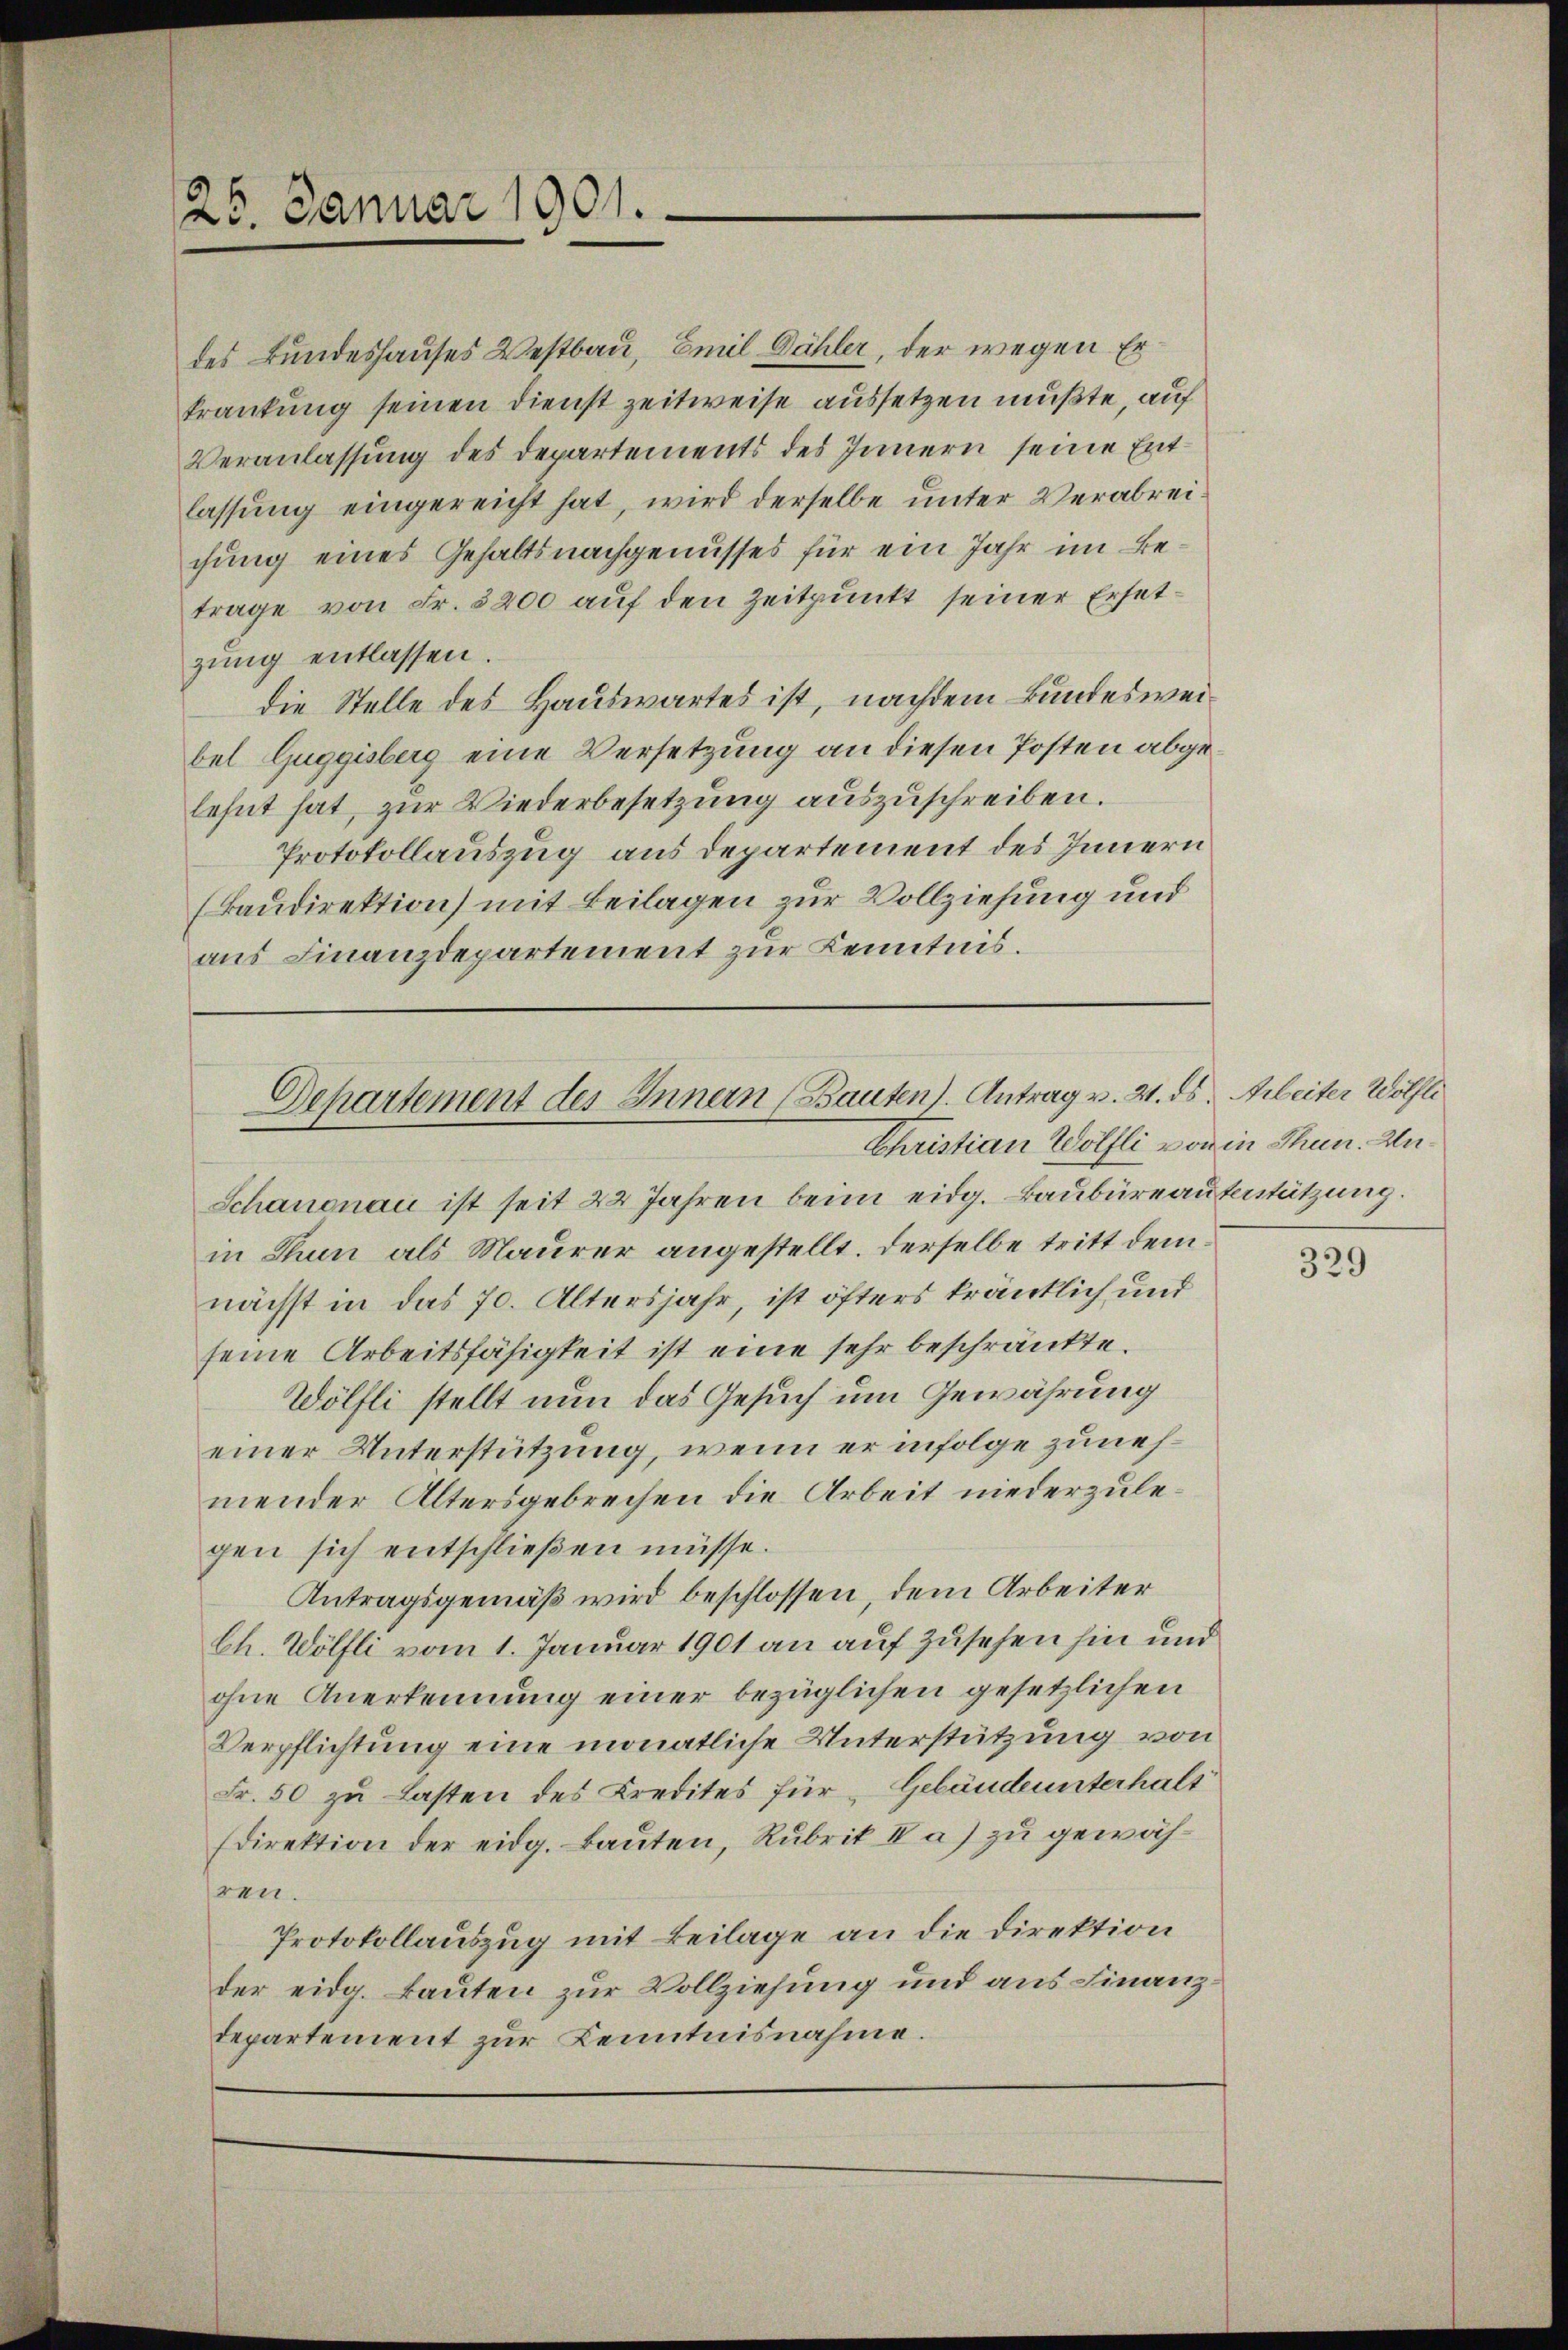
26. Januar 1901.

des Bundeshauses Westbau, Emil Dähler, der wegen Er
krankung seinen Dienst zeitweise aussetzen mußte, auf
Veranlassung des Departements des Innern seine Entlassung eingereicht hat, wird derselbe unter Verabreichung eines Gehaltsnachgenusses für ein Jahr im Betrage von Fr. 3200 auf den Zeitpunkt seiner Ersetzung entlassen.
die Stelle des Hauswartes ist, nachdem Bundesweibel Guggisberg eine Versetzung an diesen Posten abgelehnt hat, zur Wiederbesetzung auszuschreiben.
Protokollauszug aus Departement des Innern
(kaudirektion) mit Beilagen zur Vollziehung und
aus Finanzdepartement zur Kenntnis.

Departement des Innern (Bauten). Antrag v. 21. ds. Arbeiter Wölfli
Christian Wölfli von in Thun. Au¬

Schanonau ist seit 22 Jahren beim eidg. Baubureaufstützung.
in Thun als Maurer angestellt. Derselbe tritt demnächst in das 70. Altersjahr, ist öfters kränklich und
seine Arbeitsfähigkeit ist eine sehr beschränkte.
Wölfli stellt nun das Gesuch um Gewährung
einer Unterstützung, wenn er infolge zunehmender Altersgebrechen die Arbeit niederzulegen sich entschließen müsse.
Antragsgemäß wird beschlossen, dem Arbeiter
Ch. Wölfli vom 1. Januar 1901 an auf zusehen hin und
ohne Anerkennung einer bezüglichen gesetzlichen
Verpflichtung eine monatliche Unterstützung von
Fr. 50 zu Lasten des Kredites für Gebäude unterhalt
direktion der eidg. Bauten, Rubrik II a) zu gewähren.
Protokollauszug mit Beilage an die Direktion
der eidg. Bauten zur Vollziehung und aus Finanzdepartement zur Kenntnisnahme.

329